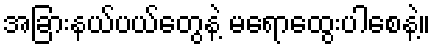
အခြားနယ်ပယ်တွေနဲ့ မရောထွေးပါစေနဲ့။